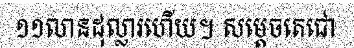
១១លានដុល្លារហើយ។ សម្តេចតេជោ